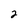
Character: 2